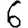
Digit: 6